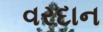
વરદાન